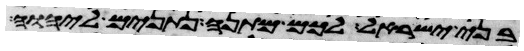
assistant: בני ישראל לכם מתנה נתנים ליהוה